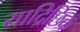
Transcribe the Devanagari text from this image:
याद्रिछिक